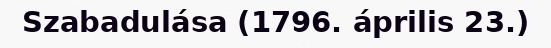
Szabadulása (1796. április 23.)